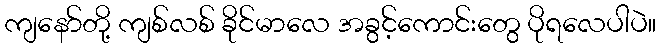
ကျနော်တို့ ကျစ်လစ် ခိုင်မာလေ အခွင့်ကောင်းတွေ ပိုရလေပါပဲ။